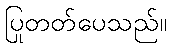
ပြုတတ်ပေသည်။